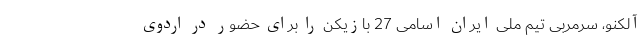
آلکنو، سرمربی تیم ملی ایران اسامی 27 بازیکن را برای حضور در اردوی